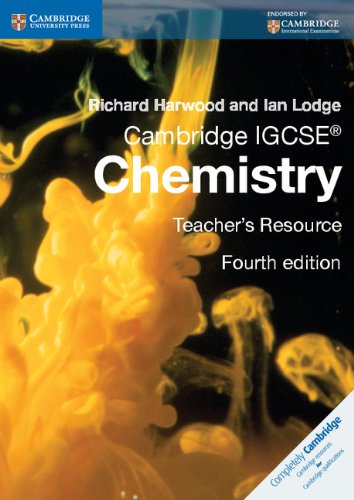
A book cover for Cambridge IGCSEÂ® Chemistry Teacher's Resource CD-ROM (Cambridge International Examinations); Richard Harwood; Children's Books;